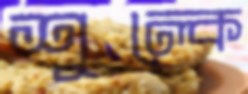
শুল্কে